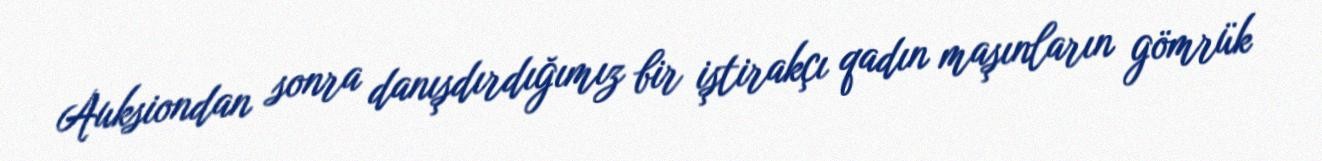
Auksiondan sonra danışdırdığımız bir iştirakçı qadın maşınların gömrük